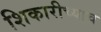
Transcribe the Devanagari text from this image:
शिकारीच्याच